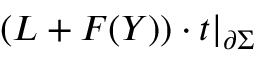
\displaystyle \left( L + F ( Y ) ) \cdot t \right| _ { \partial \Sigma }